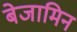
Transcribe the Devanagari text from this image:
बेजामिन